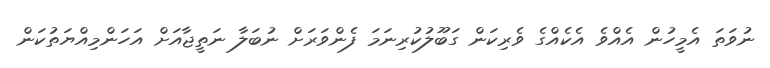
ނުވަތަ އެމީހުން އެއްވެ އެކެއްގެ ވެރިކަން ގަބޫލުކުރިނަމަ ފެންވަރަށް ނުބަލާ ނަތީޖާއަށް އަހަންމިއްޔަތުކަން